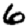
Digit: 6